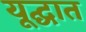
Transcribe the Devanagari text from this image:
यूद्घात